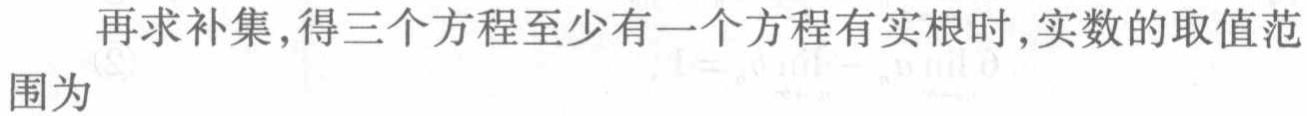
再求补集,得三个方程至少有一个方程有实根时,实数的取值范围为